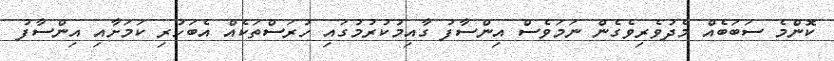
ކޮންމެ ސަބަބެއް މެދުވެރިވެގެން ނަމަވެސް އިންސާފު ގާއިމުކުރުމުގައި ހުރަސްތަކެއް އެބަހުރި ކަމަށާއި އިންސާފު